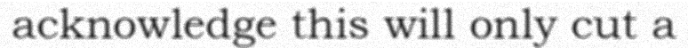
acknowledge this will only cut a